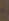
-